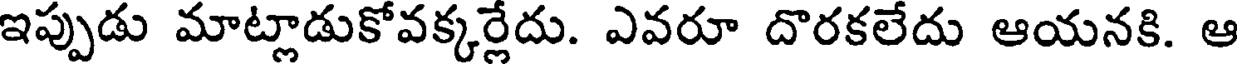
ఇప్పుడు మాట్లాడుకోవక్కర్లేదు. ఎవరూ దొరకలేదు ఆయనకి. ఆ